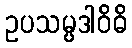
ဥပသမ္ပဒါဝိဓိ